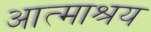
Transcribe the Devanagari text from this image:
आत्माश्रय